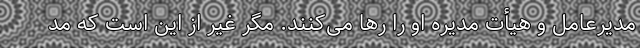
مدیرعامل و هیأت مدیره او را رها می‌کنند. مگر غیر از این است که مد